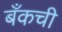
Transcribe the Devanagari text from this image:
बँकची